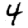
Digit: 4